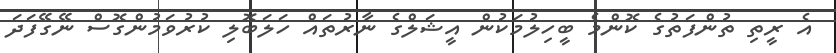
އެ ރީތި ތުންފަތުގެ ކޮންމެ ބީހިލުމަކުން އީޝަލްގެ ނާރުތައް ހަލަބޮލި ކުރުވަމުންގޮސް ނޭގޭފަދަ